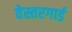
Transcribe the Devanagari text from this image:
वेस्तरगार्ड